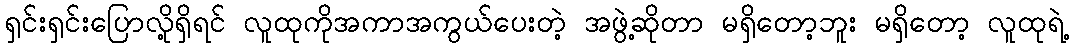
ရှင်းရှင်းပြောလို့ရှိရင် လူထုကိုအကာအကွယ်ပေးတဲ့ အဖွဲ့ဆိုတာ မရှိတော့ဘူး မရှိတော့ လူထုရဲ့